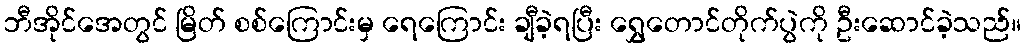
ဘီအိုင်အေတွင် မြိတ် စစ်ကြောင်းမှ ရေကြောင်း ချီခဲ့ရပြီး ရွှေတောင်တိုက်ပွဲကို ဦးဆောင်ခဲ့သည်။